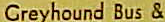
Greyhound Bus &